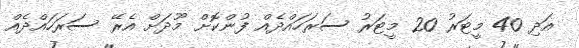
އަދި 40 މީޓަރު 20 މީޓަރު ސަރަހައްދެއް ފުންކޮށް މޫދަށް އެރޭ ސަރަހައްދެއް